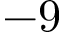
- 9